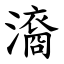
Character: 㵝